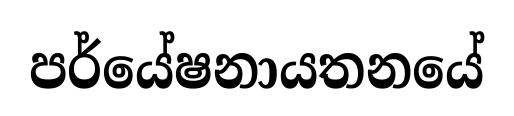
පර්යේෂනායතනයේ